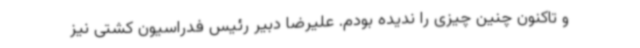
و تاکنون چنین چیزی را ندیده بودم. علیرضا دبیر رئیس فدراسیون کشتی نیز